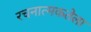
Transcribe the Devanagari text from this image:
रचनात्मकतेला